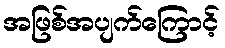
အဖြစ်အပျက်ကြောင့်